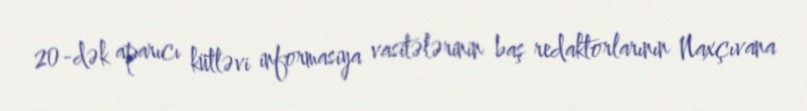
20-dək aparıcı kütləvi informasiya vasitələrinin baş redaktorlarının Naxçıvana